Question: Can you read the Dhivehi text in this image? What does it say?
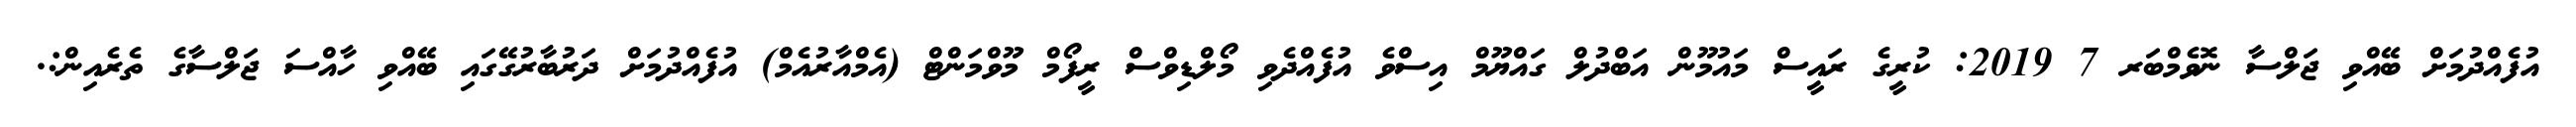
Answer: އުފެއްދުމަށް ބޭއްވި ޖަލްސާ ނޮވެމްބަރ 7 2019: ކުރީގެ ރައީސް މައުމޫން އަބްދުލް ގައްޔޫމް އިސްވެ އުފެއްދެވި މޯލްޑިވްސް ރީފޯމް މޫވްމަންޓް (އެމްއާރުއެމް) އުފެއްދުމަށް ދަރުބާރުގޭގައި ބޭއްވި ހާއްސަ ޖަލްސާގެ ތެރެއިން:.